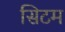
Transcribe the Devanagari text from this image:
सिटम